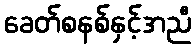
ခေတ်စနစ်နှင့်အညီ